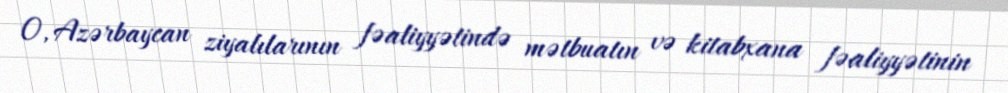
O, Azərbaycan ziyalılarının fəaliyyətində mətbuatın və kitabxana fəaliyyətinin